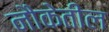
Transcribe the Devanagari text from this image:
नौकेतील